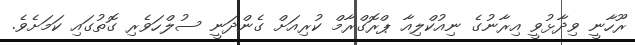
ރޫހާނީ ވިދާޅުވީ އިރާނުގެ ނިއުކްލިއާ ޕްރޮގްރާމް ކުރިއަށް ގެންދަނީ ސުލްހަވެރި ގޮތުގައި ކަމަށެވެ.